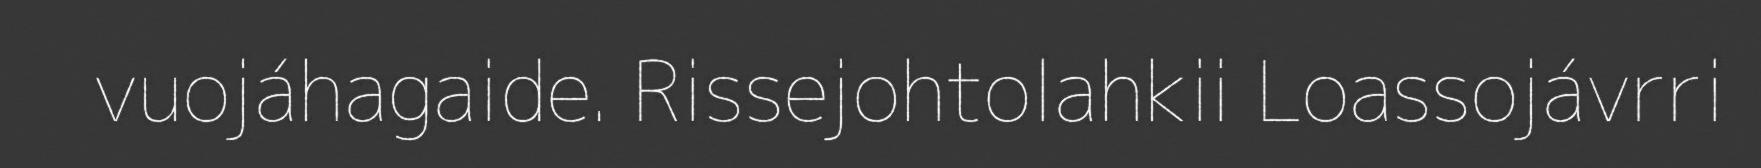
vuojáhagaide. Rissejohtolahkii Loassojávrri